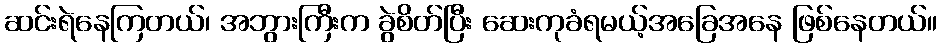
ဆင်းရဲနေကြတယ်၊ အဘွားကြီးက ခွဲစိတ်ပြီး ဆေးကုခံရမယ့်အခြေအနေ ဖြစ်နေတယ်။